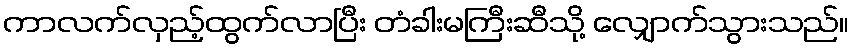
ကာလက်လှည့်ထွက်လာပြီး တံခါးမကြီးဆီသို့ လျှောက်သွားသည်။